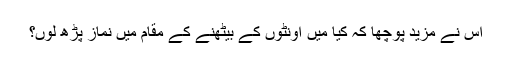
اس نے مزید پوچھا کہ کیا میں اونٹوں کے بیٹھنے کے مقام میں نماز پڑھ لوں؟